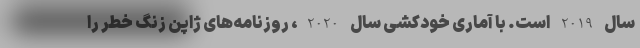
سال 2019 است. با آماری خودکشی سال 2020، روزنامه‌های ژاپن زنگ خطر را